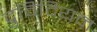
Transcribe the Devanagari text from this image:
द्रुविदियन